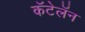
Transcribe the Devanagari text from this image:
कॅटेलॅन